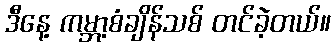
ဒီနေ့ ကမ္ဘာ့စံချိန်သစ် တင်ခဲ့တယ်။